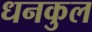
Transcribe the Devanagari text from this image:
धनकुल